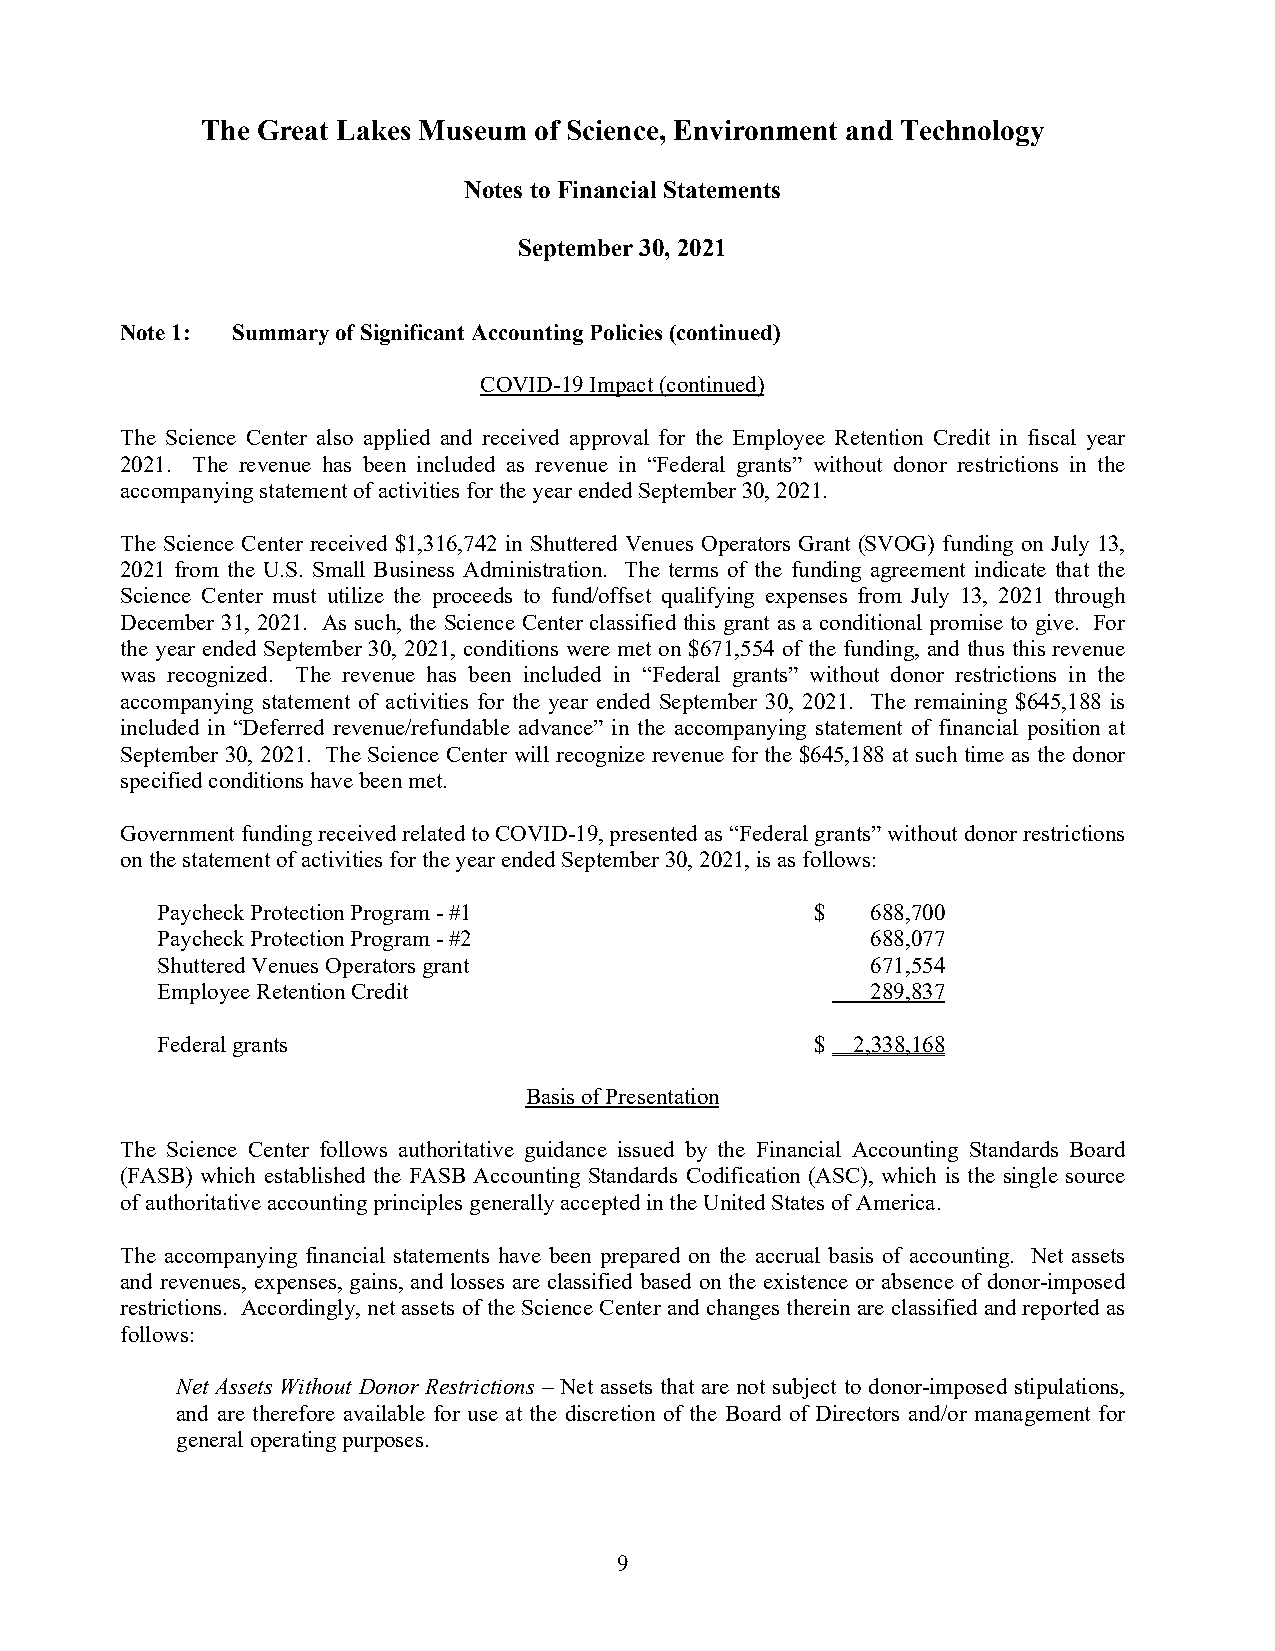
The Great Lakes Museum of Science, Environment and Technology
 Notes to Financial Statements
 September 30, 2021
 Note 1: Summary of Significant Accounting Policies(continued)
 COVID-19 Impact(continued)
 The Science Center also applied and received approval for the Employee Retention Credit in fiscal year
 2021. The revenue has been included as revenue in “Federal grants” without donor restrictions in the
 accompanying statement of activities for the year ended September 30, 2021.
 The Science Center received $1,316,742 in Shuttered Venues Operators Grant (SVOG) funding on July 13,
 2021 from the U.S. Small Business Administration. The terms of the funding agreement indicate that the
 Science Center must utilize the proceeds to fund/offset qualifying expenses from July 13, 2021 through
 December 31, 2021. As such, the Science Center classified this grant as a conditional promise to give. For
 the year ended September 30, 2021, conditions were met on $671,554 of the funding, and thus this revenue
 was recognized. The revenue has been included in “Federal grants” without donor restrictions in the
 accompanying statement of activities for the year ended September 30, 2021. The remaining $645,188 is
 included in “Deferred revenue/refundable advance” in the accompanying statement of financial position at
 September 30, 2021. The Science Center will recognize revenue for the $645,188 at such time as the donor
 specified conditions have been met.
 Government funding received related to COVID-19, presented as “Federal grants”without donor restrictions
 on the statement of activities for the year ended September 30, 2021, is as follows:
 Paycheck Protection Program -#1             $   688,700
 Paycheck Protection Program -#2                 688,077
 Shuttered Venues Operators grant                671,554
 Employee Retention Credit                       289,837
 Federal grants                              $ 2,338,168
 Basis of Presentation
 The Science Center follows authoritative guidance issued by the Financial Accounting Standards Board
 (FASB) which established the FASB Accounting Standards Codification (ASC), which is the single source
 of authoritative accounting principles generally accepted inthe United States of America.
 The accompanying financial statements have been prepared on the accrual basis of accounting. Net assets
 and revenues, expenses, gains, and losses are classified based on the existence or absence of donor-imposed
 restrictions. Accordingly, net assets of the Science Center and changes therein are classified and reported as
 follows:
 Net Assets Without Donor Restrictions – Net assets that are not subject to donor-imposed stipulations,
 and are therefore available for use at the discretion of the Board of Directors and/or management for
 general operating purposes.
 9